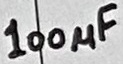
Text: 100µF